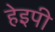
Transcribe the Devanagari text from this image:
हेइपी